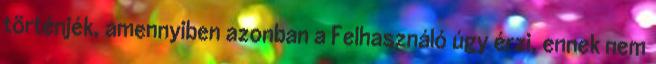
történjék, amennyiben azonban a Felhasználó úgy érzi, ennek nem